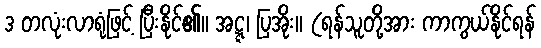
ဒ တလုံးလာရုံဖြင့် ပြီးနိုင်၏။ အဋ္ဋ၊ ပြအိုး။ (ရန်သူတို့အား ကာကွယ်နိုင်ရန်